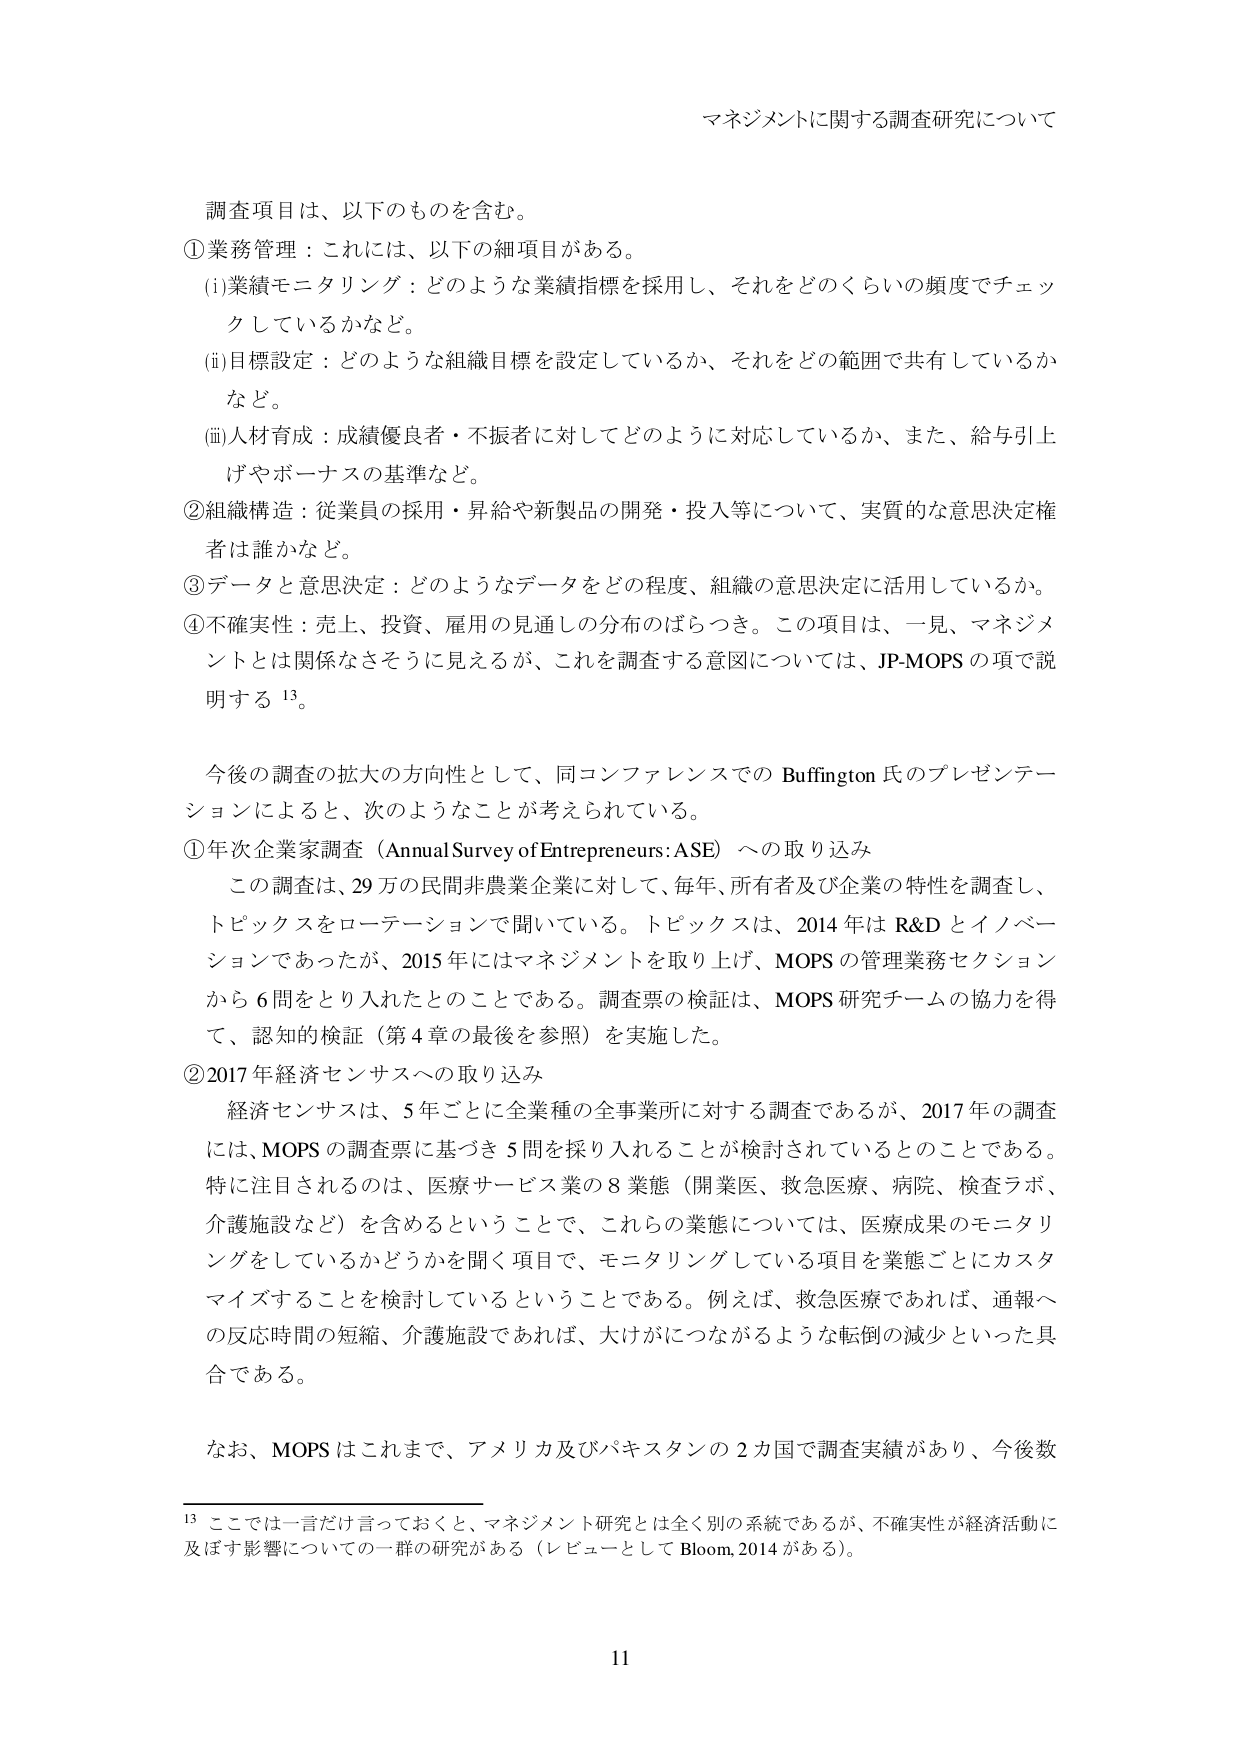
マネジメントに関する調査研究について

調査項目は、以下のものを含む。
①業務管理：これには、以下の細項目がある。
(i)業績モニタリング：どのような業績指標を採用し、それをどのくらいの頻度でチェックしているかなど。
(ii)目標設定：どのような組織目標を設定しているか、それをどの範囲で共有しているかなど。
(iii)人材育成：成績優良者・不振者に対してどのように対応しているか、また、給与引上げやボーナスの基準など。
②組織構造：従業員の採用・昇給や新製品の開発・投入等について、実質的な意思決定権者は誰かなど。
③データと意思決定：どのようなデータをどの程度、組織の意思決定に活用しているか。
④不確実性：売上、投資、雇用の見通しの分布のばらつき。この項目は、一見、マネジメントとは関係なさそうに見えるが、これを調査する意図については、JP-MOPS の項で説明する 13。

今後の調査の拡大の方向性として、同コンファレンスでの Buffington 氏のプレゼンテーションによると、次のようなことが考えられている。
①年次企業家調査（Annual Survey of Entrepreneurs: ASE）への取り込み
この調査は、29 万の民間非農業企業に対して、毎年、所有者及び企業の特性を調査し、トピックスをローテーションで聞いている。トピックスは、2014 年は R&D とイノベーションであったが、2015 年にはマネジメントを取り上げ、MOPS の管理業務セクションから 6 問をとり入れたとのことである。調査票の検証は、MOPS 研究チームの協力を得て、認知的検証（第 4 章の最後を参照）を実施した。
②2017 年経済センサスへの取り込み
経済センサスは、5 年ごとに全業種の全事業所に対する調査であるが、2017 年の調査には、MOPS の調査票に基づき 5 問を採り入れることが検討されているとのことである。特に注目されるのは、医療サービス業の 8 業態（開業医、救急医療、病院、検査ラボ、介護施設など）を含めるということで、これらの業態については、医療成果のモニタリングをしているかどうかを聞く項目で、モニタリングしている項目を業態ごとにカスタマイズすることを検討しているということである。例えば、救急医療であれば、通報への反応時間の短縮、介護施設であれば、大けがにつながるような転倒の減少といった具合である。

なお、MOPS はこれまで、アメリカ及びパキスタンの 2 国で調査実績があり、今後数

13 ここでは一言だけ言っておくと、マネジメント研究とは全く別の系統であるが、不確実性が経済活動に及ぼす影響についての一群の研究がある（レビューとして Bloom, 2014 がある）。

11